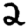
Digit: 2